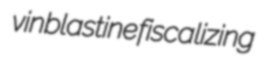
vinblastine fiscalizing